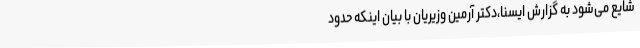
شایع‌ می‌شود به گزارش ایسنا،دکتر آرمین وزیریان با بیان اینکه حدود